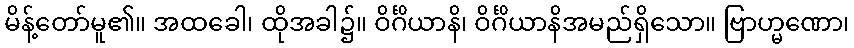
မိန့်တော်မူ၏။ အထခေါ၊ ထိုအခါ၌။ ဝိင်္ဂိယာနိ၊ ဝိင်္ဂိယာနိအမည်ရှိသော။ ဗြာဟ္မဏော၊